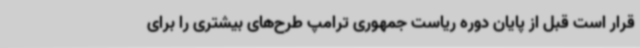
قرار است قبل از پایان دوره ریاست جمهوری ترامپ طرح‌های بیشتری را برای